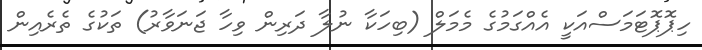
ހިޕޮޕޮޓަމަސްއަކީ އެއްގަމުގެ މެމަލް (ބިހަކާ ނުލާ ދަރިން ވިހާ ޖަނަވާރު) ތަކުގެ ތެރެއިން